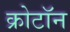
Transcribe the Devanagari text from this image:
क्रोटॉन